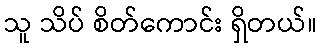
သူ သိပ် စိတ်ကောင်း ရှိတယ်။